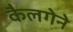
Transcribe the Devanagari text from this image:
कैलगेने